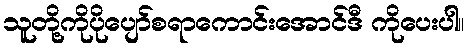
သူတို့ကိုပိုပျော်စရာကောင်းအောင်ဒီ ကိုပေးပါ။